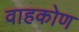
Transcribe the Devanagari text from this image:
वाहकोण